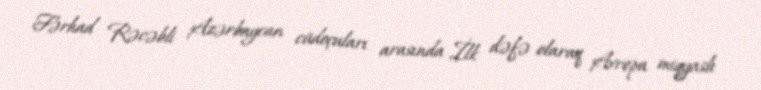
Fərhad Rəcəbli Azərbaycan cüdoçuları arasında İlk dəfə olaraq Avropa miqyaslı